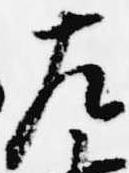
左